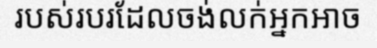
របស់របរដែលចង់លក់អ្នកអាច